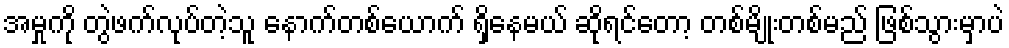
အမှုကို တွဲဖက်လုပ်တဲ့သူ နောက်တစ်ယောက် ရှိနေမယ် ဆိုရင်တော့ တစ်မျိုးတစ်မည် ဖြစ်သွားမှာပဲ